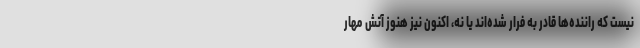
نیست که راننده‌ها قادر به فرار شده‌اند یا نه، اکنون نیز هنوز آتش مهار